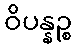
ဝိပန္နဉ္စ